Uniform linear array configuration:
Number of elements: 4
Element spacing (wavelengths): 0.75
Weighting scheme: cosine
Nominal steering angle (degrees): -45
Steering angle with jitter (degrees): -46.596
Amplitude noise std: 0.05
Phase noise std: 0.05

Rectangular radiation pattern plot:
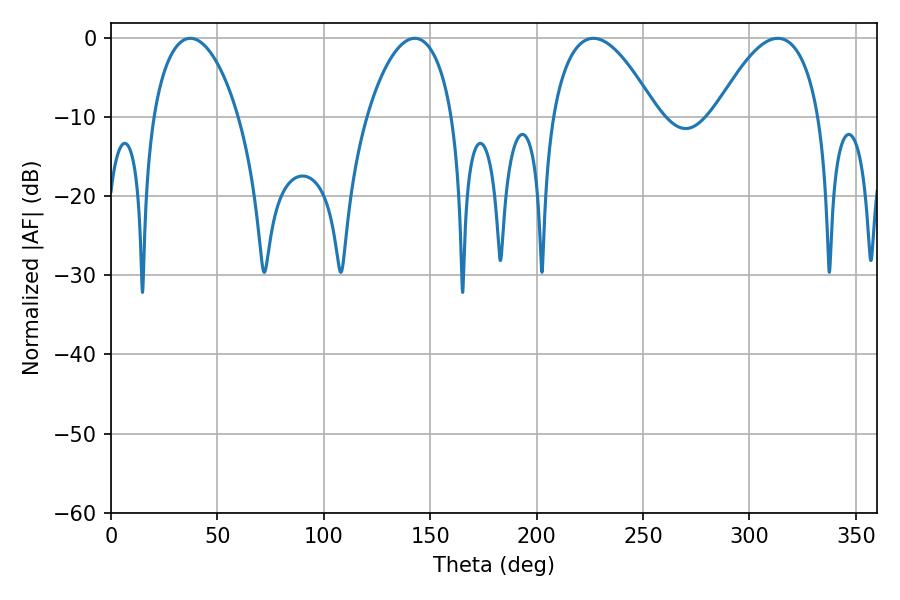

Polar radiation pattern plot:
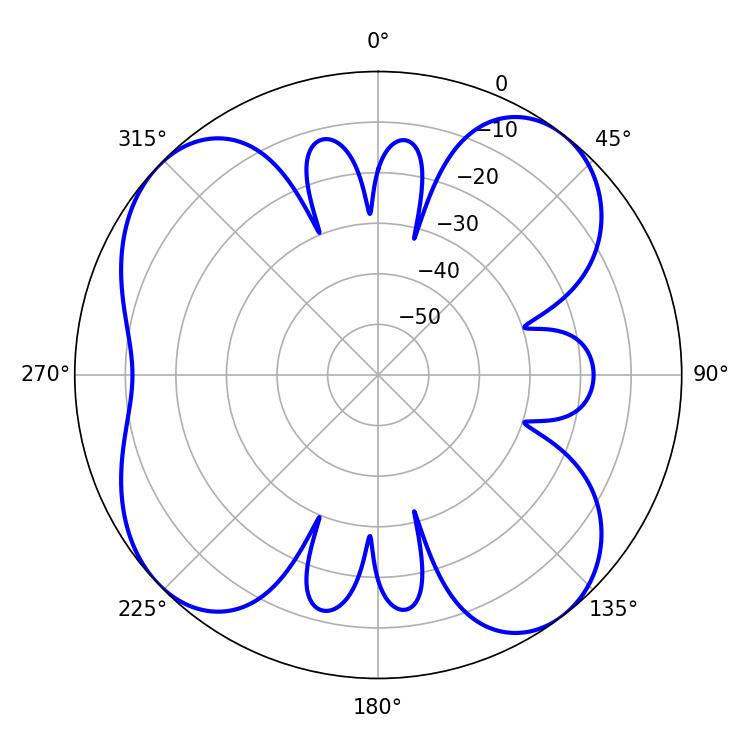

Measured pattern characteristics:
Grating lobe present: TRUE
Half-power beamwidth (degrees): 22.68
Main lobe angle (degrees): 37.26